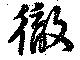
徹